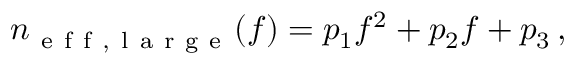
n _ { \mathrm { ~ e ~ f ~ f ~ , ~ l ~ a ~ r ~ g ~ e ~ } } ( f ) = p _ { 1 } f ^ { 2 } + p _ { 2 } f + p _ { 3 } \, ,